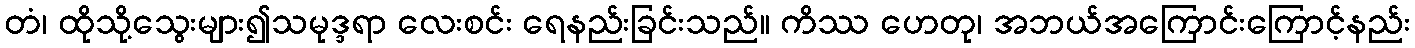
တံ၊ ထိုသို့သွေးများ၍သမုဒ္ဒရာ လေးစင်း ရေနည်းခြင်းသည်။ ကိဿ ဟေတု၊ အဘယ်အကြောင်းကြောင့်နည်း